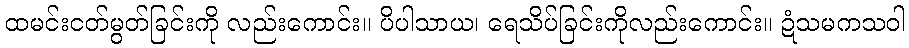
ထမင်းငတ်မွတ်ခြင်းကို လည်းကောင်း။ ပိပါသာယ၊ ရေသိပ်ခြင်းကိုလည်းကောင်း။ ဍံသမကသဝါ